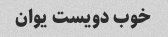
خوب دویست یوان